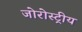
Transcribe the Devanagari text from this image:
जोरोस्ट्रीय